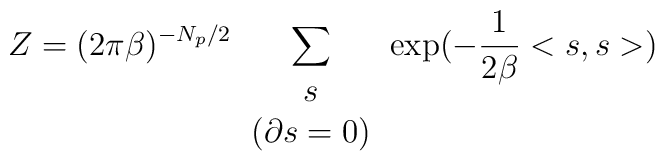
Z = (2\pi \beta)^{-N_p/2}  \sum_{                \begin{array} {c} s\\                              \left(  \partial s = 0 \right)                \end{array}                 }\exp(-\frac{1}{2\beta}<s,s>)